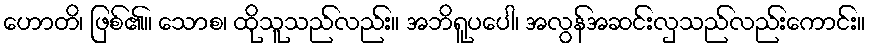
ဟောတိ၊ ဖြစ်၏။ သောစ၊ ထိုသူသည်လည်း။ အဘိရူပပေါ၊ အလွန်အဆင်းလှသည်လည်းကောင်း။